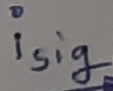
Text: isig